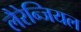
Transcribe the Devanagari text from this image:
लैरेन्जियल